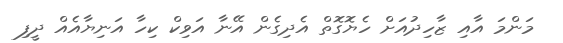
މަންމަ އާއި ޒާހިދުއަށް ހެޔޮގޮތް އެދިގެން އޭނާ އަވިކް ކިހާ އަނިޔާއެއް ދީފި